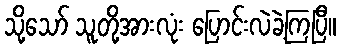
သို့သော် သူတို့အားလုံး ပြောင်းလဲခဲ့ကြပြီ။